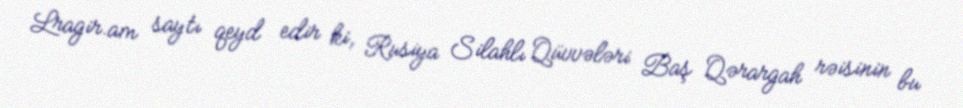
Lragir.am saytı qeyd edir ki, Rusiya Silahlı Qüvvələri Baş Qərargah rəisinin bu